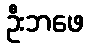
ဦးဘဖေ